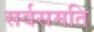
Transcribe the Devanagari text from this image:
सर्वसमति